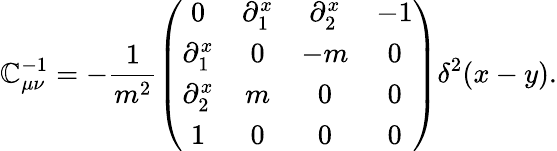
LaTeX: \mathbb{C}_{\mu\nu}^{-1}=-\frac{{1}}{{m^{2}}}\left(\begin{array}{cccc}{{0}}&{{\partial_{1}^{x}}}&{{\partial_{2}^{x}}}&{{-1}}\\ {{\partial_{1}^{x}}}&{{0}}&{{-m}}&{{0}}\\ {{\partial_{2}^{x}}}&{{m}}&{{0}}&{{0}}\\ {{1}}&{{0}}&{{0}}&{{0}}\end{array}\right)\delta^{2}(x-y).